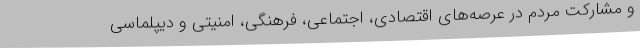
و مشارکت مردم در عرصه‌های اقتصادی، اجتماعی، فرهنگی، امنیتی و دیپلماسی